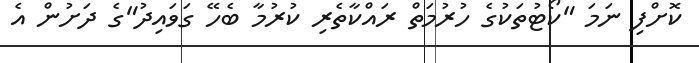
ކޮށްފި ނަމަ "ކޯޓުތަކުގެ ހުރުމަތް ރައްކާތެރި ކުރުމާ ބެހޭ ގަވައިދު"ގެ ދަށުން އެ